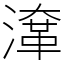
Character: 㵮